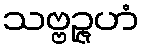
သဗ္ဗဉ္ဇဟံ